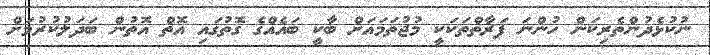
ނުކުޅެދުންތެރިކަން ހުންނަ ފަރާތްތަކަކީ މުޖުތަމައަށް ބާކީ ބައެއްގެ ގޮތުގައި އޮތް އޮތުން ބަދަލުކުރުމަށް